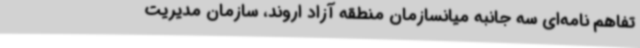
تفاهم نامه‌ای سه جانبه میانسازمان منطقه آزاد اروند، سازمان مدیریت